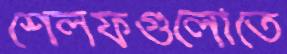
শেলফগুলোতে